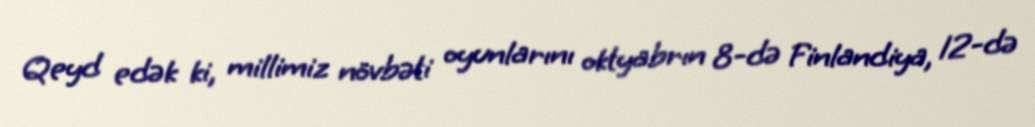
Qeyd edək ki, millimiz növbəti oyunlarını oktyabrın 8-də Finlandiya, 12-də